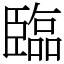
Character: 臨